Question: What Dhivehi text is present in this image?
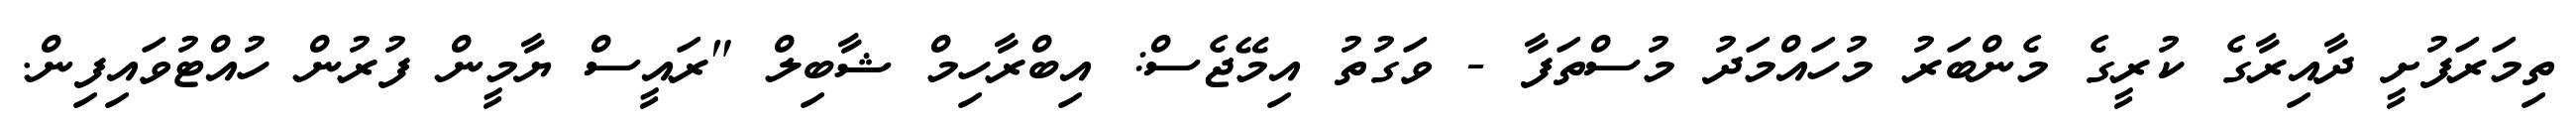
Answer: ތިމަރަފުށީ ދާއިރާގެ ކުރީގެ މެންބަރު މުހައްމަދު މުސްތަފާ - ވަގުތު އިމޭޖެސް: އިބްރާހިމް ޝާބިލް "ރައީސް ޔާމީން ފުރުން ހުއްޓުވައިފިން.